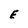
Character: E